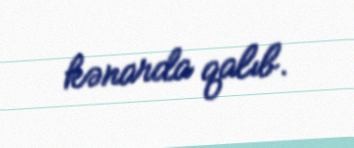
kənarda qalıb.